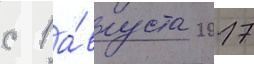
с 1 а́вгуста 2017